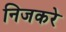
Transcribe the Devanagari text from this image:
निजकरे